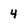
Character: 4